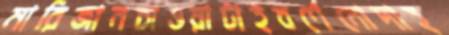
মারিজানচাওয়াটাইবর্ণেনোদাহ